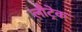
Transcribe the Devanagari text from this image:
लौट्रेक